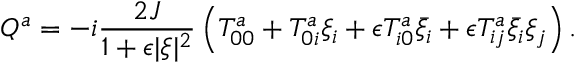
Q ^ { a } = - i \frac { 2 J } { 1 + \epsilon \vert \xi \vert ^ { 2 } } \left( T _ { 0 0 } ^ { a } + T _ { 0 i } ^ { a } \xi _ { i } + \epsilon T _ { i 0 } ^ { a } \bar { \xi } _ { i } + \epsilon T _ { i j } ^ { a } \bar { \xi } _ { i } \xi _ { j } \right) .